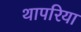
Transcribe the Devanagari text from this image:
थापरिया